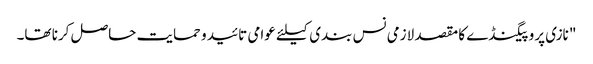
" نازی پروپیگنڈے کا مقصد لازمی نس بندی کیلئے عوامی تائید و حمایت حاصل کرنا تھا۔